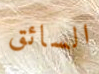
السائق